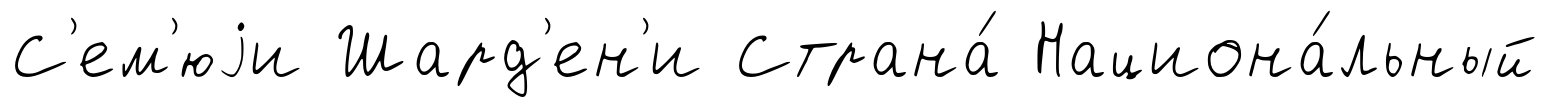
С'ем'юjи Шард'ен'и Страна́ Национа́льный